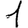
Digit: 1